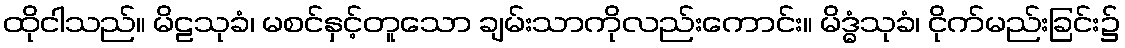
ထိုငါသည်။ မိဠသုခံ၊ မစင်နှင့်တူသော ချမ်းသာကိုလည်းကောင်း။ မိဒ္ဓံသုခံ၊ ငိုက်မည်းခြင်း၌